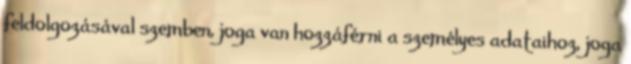
feldolgozásával szemben, joga van hozzáférni a személyes adataihoz, joga